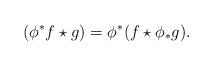
LaTeX: \begin{align*}(\phi^*f \star g)=\phi^*(f \star\phi_* g). \end{align*}